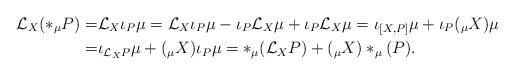
LaTeX: \begin{align*} \mathcal{L}_X (*_\mu P ) =& \mathcal{L}_X \iota_P \mu = \mathcal{L}_X \iota_P \mu - \iota_P \mathcal{L}_X \mu + \iota_P \mathcal{L}_X \mu = \iota_{[X, P]} \mu + \iota_P (_\mu X) \mu \\=& \iota_{\mathcal{L}_X P} \mu + (_\mu X) \iota_P \mu = *_\mu (\mathcal{L}_X P) + (_\mu X) *_\mu (P).\end{align*}